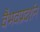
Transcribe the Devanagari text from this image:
वैभवप्रदर्शन